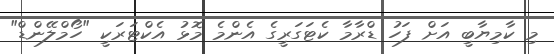
މި ކާމިޔާބީ އަށް ފަހު ޑްރާމާ ކެޓަގަރީގެ އެންމެ މޮޅު އެކްޓަރަކީ "ހޯމްލޭންޑް"